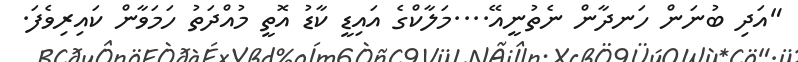
"އަދި ބުނަން ހަނދާން ނެތުނީއޭ....މަލާކްގެ އައިޑީ ކާޑު އޮތީ މުއްދަތު ހަމަވާން ކައިރިވެފަ.